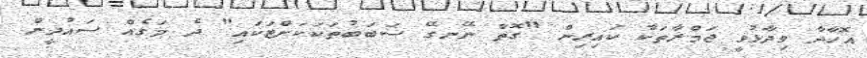
އޮހާދާ ވިދާޅުވީ ޖަމްރާތަކާ ކައިރިން "ގޮތް ނޭނގޭ ސަބަބުތަކަކަށްޓަކައި" ދެ މަގެއް ސައުދީން